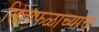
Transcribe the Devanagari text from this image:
सिताफळाच्याच